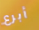
أبرع